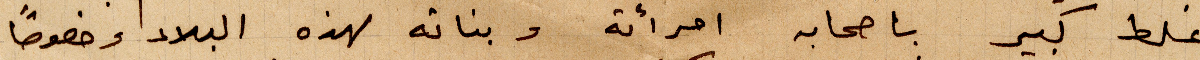
غلط كبير باصحاب امرأته وبناته لهذه البلاد وخصوصًا